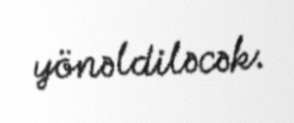
yönəldiləcək.